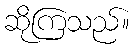
ဆိုကြသည်။